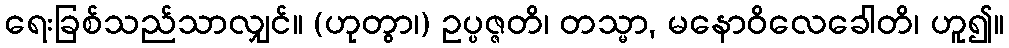
ရေးခြစ်သည်သာလျှင်။ (ဟုတွာ၊) ဥပ္ပဇ္ဇတိ၊ တသ္မာ, မနောဝိလေခေါတိ၊ ဟူ၍။